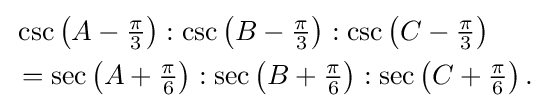
{\begin{aligned}&\csc \left(A-{\tfrac {\pi }{3}}\right):\csc \left(B-{\tfrac {\pi }{3}}\right):\csc \left(C-{\tfrac {\pi }{3}}\right)\\&=\sec \left(A+{\tfrac {\pi }{6}}\right):\sec \left(B+{\tfrac {\pi }{6}}\right):\sec \left(C+{\tfrac {\pi }{6}}\right).\end{aligned}}